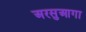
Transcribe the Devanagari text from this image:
अरसुआगा